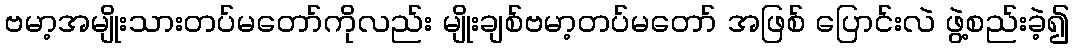
ဗမာ့အမျိုးသားတပ်မတော်ကိုလည်း မျိုးချစ်ဗမာ့တပ်မတော် အဖြစ် ပြောင်းလဲ ဖွဲ့စည်းခဲ့၍